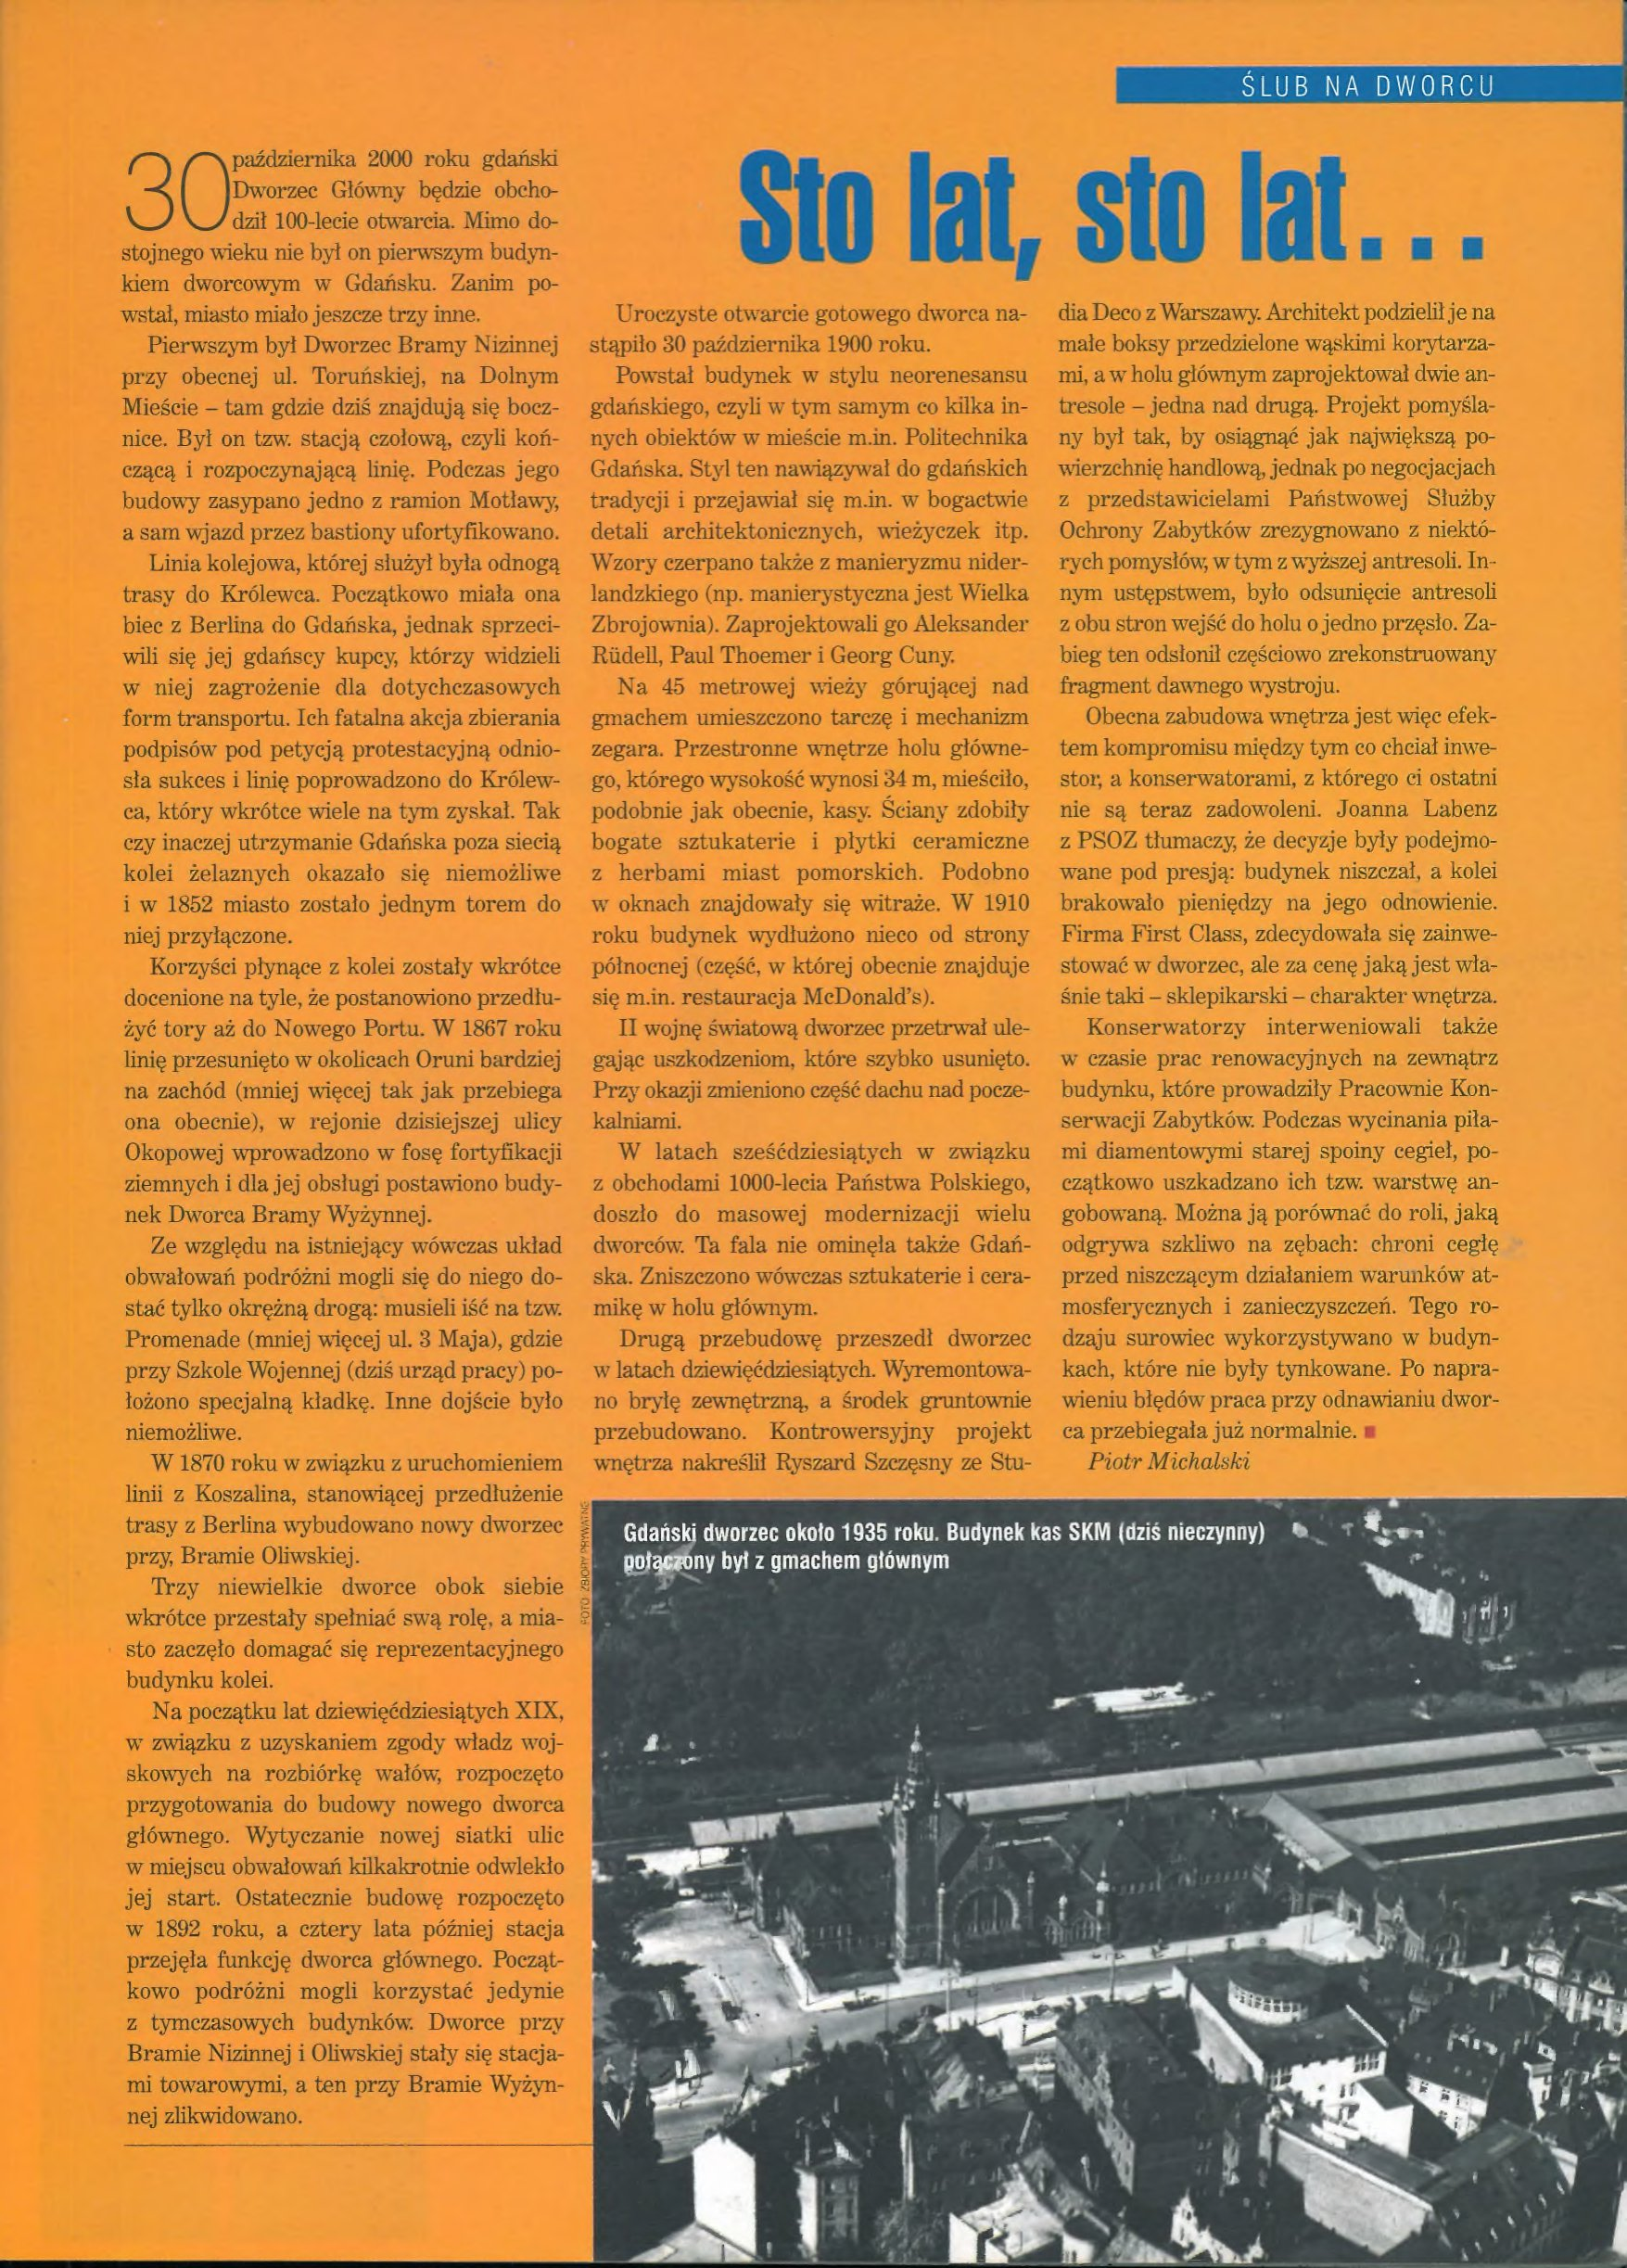
Language: pl